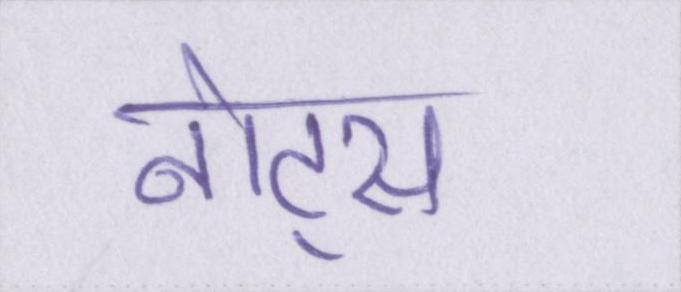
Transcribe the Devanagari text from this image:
नोट्स